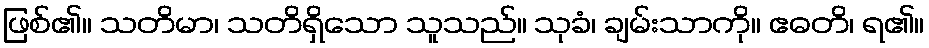
ဖြစ်၏။ သတိမာ၊ သတိရှိသော သူသည်။ သုခံ၊ ချမ်းသာကို။ ဧဓတိ၊ ရ၏။